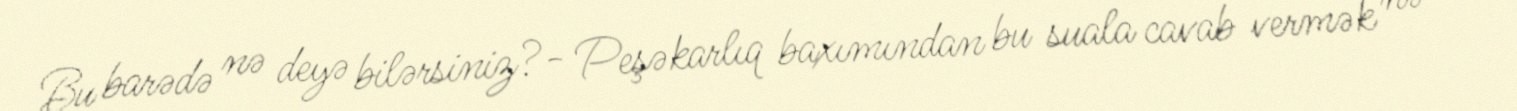
Bu barədə nə deyə bilərsiniz?- Peşəkarlıq baxımından bu suala cavab vermək nə